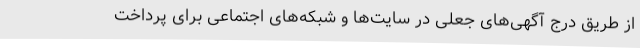
از طریق درج آگهی‌های جعلی در سایت‌ها و شبکه‌های اجتماعی برای پرداخت